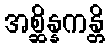
အစ္ဆိန္နကန္တိ